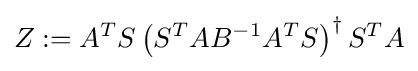
Z:=A^{T}S\left(S^{T}AB^{-1}A^{T}S\right)^{\dagger }S^{T}A